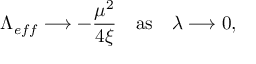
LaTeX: \Lambda _ { e f f } \longrightarrow - \frac { \mu ^ { 2 } } { 4 \xi } \quad \mathrm { a s } \quad \lambda \longrightarrow 0 ,